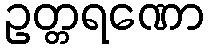
ဥတ္တရဏော